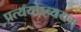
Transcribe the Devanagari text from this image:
प्रत्ययोऽव्ययम्